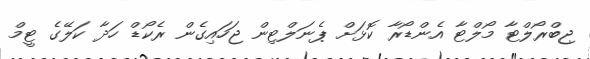
ޖިބްރޯލްޓާ މޯލްޓާ އެންޑޯރާ ކޮޅަށް ޕެނަލްޓިން ޖަހައިގެން ރެކޯޑް ހަދާ ކަލޭގެ ޓީމް